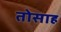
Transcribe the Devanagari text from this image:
तोसाह